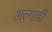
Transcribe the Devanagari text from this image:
अल्गार्डी